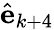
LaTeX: \hat{\mathbf{e}}_{k+4}